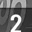
Digit: 2